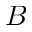
B